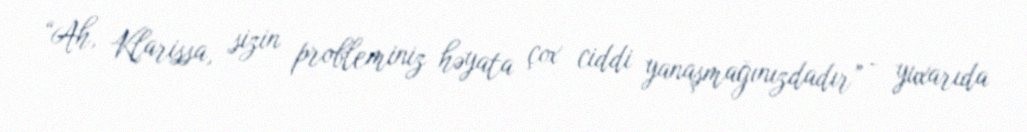
“Ah, Klarissa, sizin probleminiz həyata çox ciddi yanaşmağınızdadır” - yuxarıda